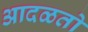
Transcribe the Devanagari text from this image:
आदळतो